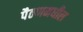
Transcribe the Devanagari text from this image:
पैठणमधील